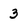
Character: 3